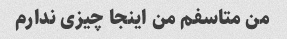
من متاسفم من اینجا چیزی ندارم